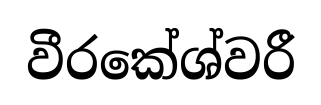
වීරකේශ්වරී